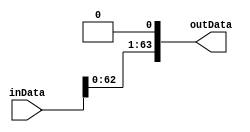
module left_shifter(inData,outData);

  input [63:0]inData;
  output [63:0]outData;
  reg [63:0]outData;

  always@(inData)
    begin

      outData=inData<<1;

    end

endmodule